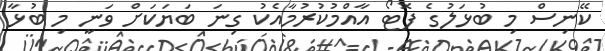
ކޭނިސް މި ބުޅަލުގެ ފޮޓޯ އާއްމުކުރުމާއެކު ގިނަ ބަޔަކަށް ވަނީ މި ބުޅާ